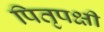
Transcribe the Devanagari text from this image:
पितृपक्षी